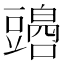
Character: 𧰏